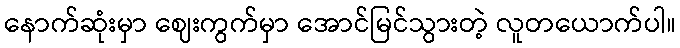
နောက်ဆုံးမှာ ဈေးကွက်မှာ အောင်မြင်သွားတဲ့ လူတယောက်ပါ။